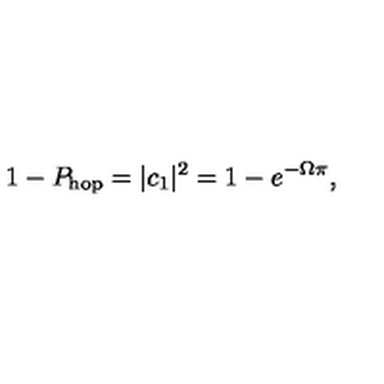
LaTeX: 1 - P _ { \mathrm { h o p } } = | c _ { 1 } | ^ { 2 } = 1 - e ^ { - \Omega \pi } ,